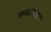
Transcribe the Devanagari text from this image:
फ्लोरिबंडा